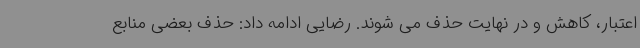
اعتبار، کاهش و در نهایت حذف می شوند. رضایی ادامه داد: حذف بعضی منابع